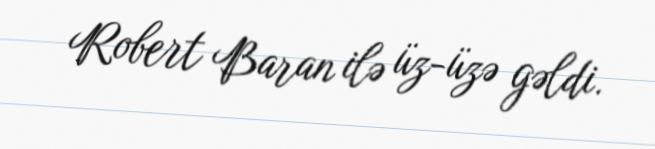
Robert Baran ilə üz-üzə gəldi.